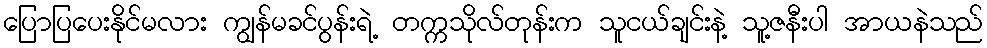
ပြောပြပေးနိုင်မလား ကျွန်မခင်ပွန်းရဲ့ တက္ကသိုလ်တုန်းက သူငယ်ချင်းနဲ့ သူ့ဇနီးပါ အာယနဲသည်